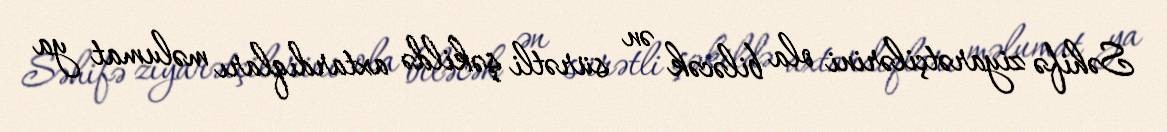
Səhifə ziyarətçilərini ola biləcək ən sürətli şəkildə axtardıqları məlumat ya